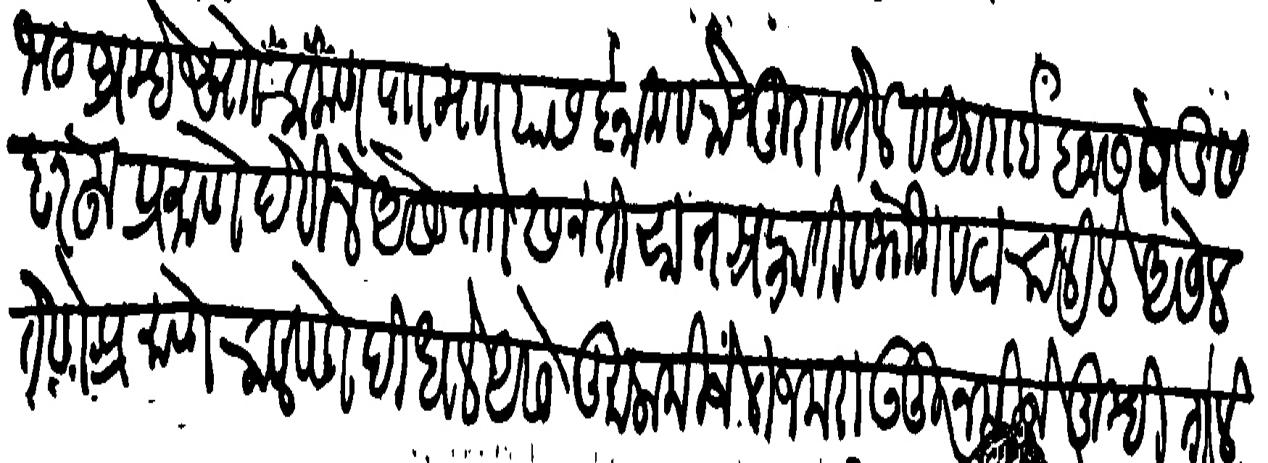
Transliteration (Devanagari): भट ब्रम्हे सारे चाकण पाा माार यास इनाम व रोजमुरा व तेल व आंबराई बनास पेडी सदरहु प्रमाणे देविले जसे ताा सन तिसा तश्रफाती व भोगवटा चालीले बसेल तेणेप्रमाणे चालवणे दिधले असे दुमाला कीजे तजकरा उजूरुन कीजे तुम्ही तालीक